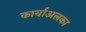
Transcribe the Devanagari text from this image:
कार्याअलका